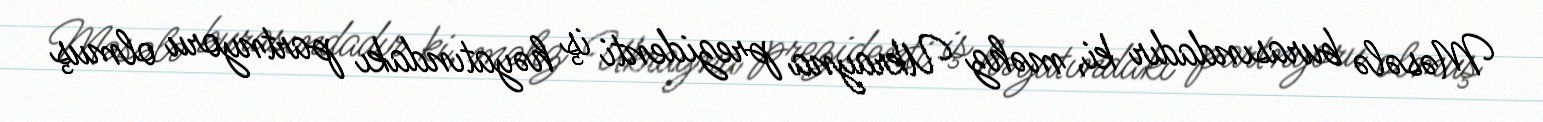
Məsələ burasındadır ki, məhz Ukrayna prezidenti iş həyatındakı partnyoru olmuş